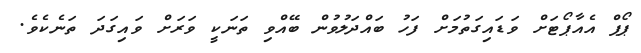
ޕޯޕް އެއާޕޯޓަށް ވަޑައިގަތުމަށް ފަހު ބައްދަލުވުން ބޭއްވި ތަނަކީ ވަރަަށް ވައިގަދަ ތަނެކެވެ.